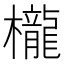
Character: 櫳